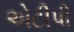
એટીપી